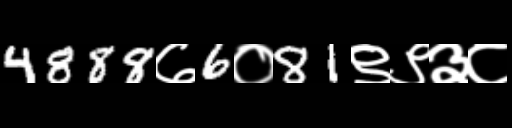
Text: 4888७6०81९९३८